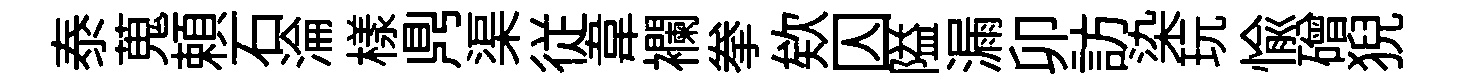
泰蒐頼石淪樣𪔂渠従韋襴拳欸囚隘漏卯訪染玩愉磳猊